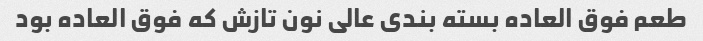
طعم فوق العاده بسته بندی عالی نون تازش که فوق العاده بود